Lunatic asylums Burma 1907-21 - 1907-1921
Year: 1907
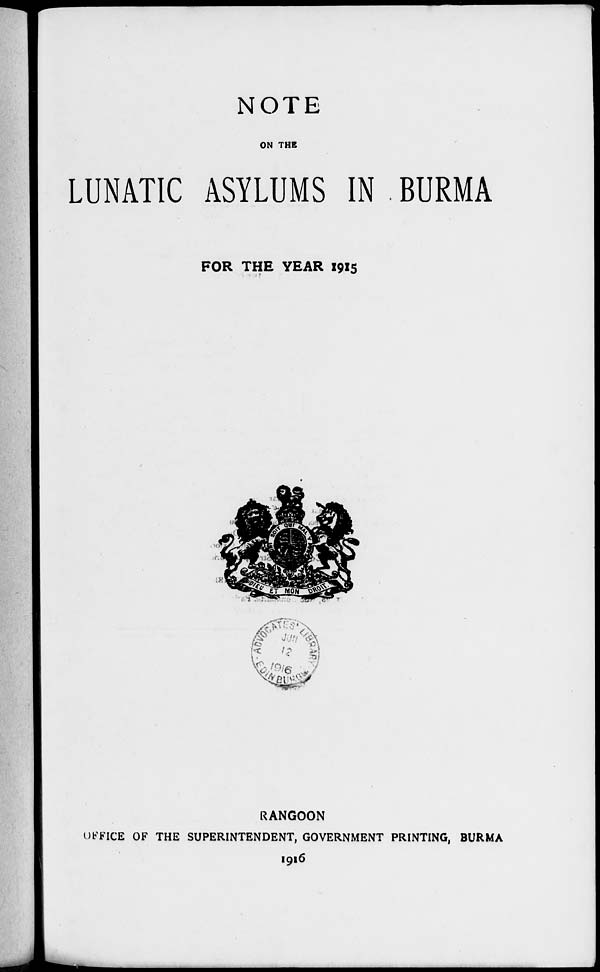
NOTE
ON THE
LUNATIC ASYLUMS IN BURMA
FOR THE YEAR 1915
RANGOON
OFFICE OF THE SUPERINTENDENT, GOVERNMENT PRINTING, BURMA
1916